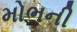
મોભની